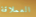
العملاقة